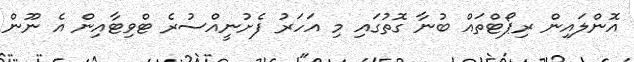
އޮންލައިން ރިޕޯޓްތައް ބުނާ ގޮތުގައި މި އަހަރު ފެށުނީއްސުރެ ޓްވިޓާއިން އެ ނޫން